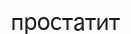
простатит